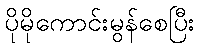
ပိုမိုကောင်းမွန်စေပြီး